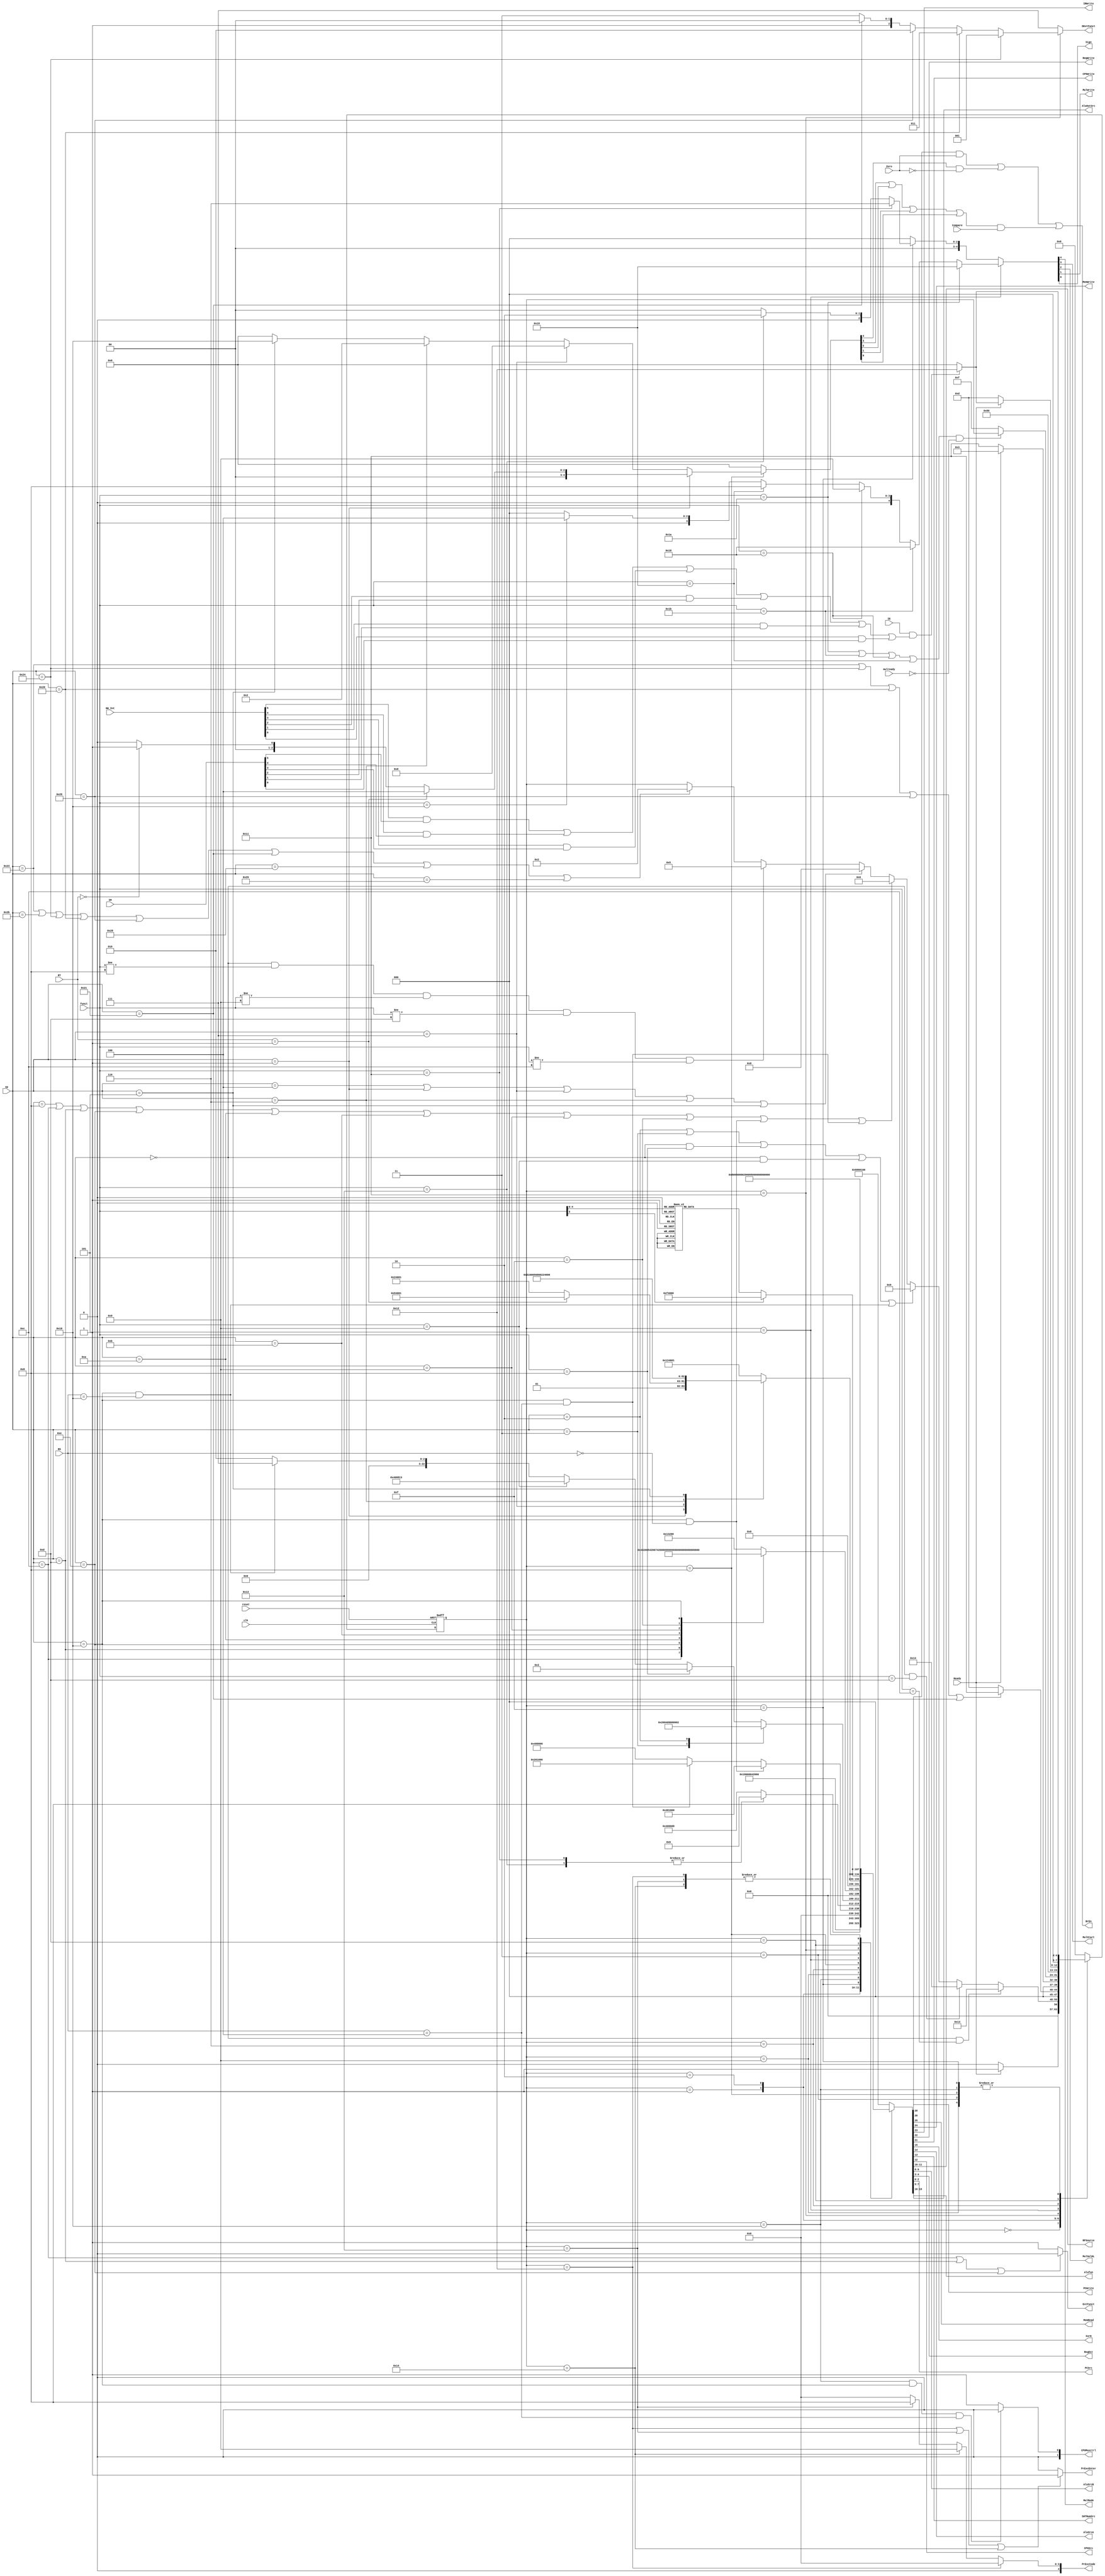

module Mainctrl(input [5:0] op,funct,input [4:0] RT,RS,input clk,reset,Ready,
                output PCWrite,MemRead,MemWrite,IRWrite,RegWrite,ExtFunct,
                //Breakcontrol
                output CP0Write,input IE,input [5:0]IM,HW_Int,output PrExcEnter,output [4:0] PrExcCode,output [1:0] CP0Muxctrl,
                output BrEn,
                output IorD,AluSrcA,SHTNumSrc,CP0Src,output[1:0] RFSource,AluSrcB,RegDst,
                output[2:0] PCSrc,AluOutSrc,
                output [3:0] Alufun,output [2:0] DExtFunct,
                output MulMode,MulStart,MulSelHL,MulWrite,Sign,input mulready,//mulctrl);
                input Zero,Compare);
                
parameter FetchMuxC=16'b0000_0001_000_00_000,DecMuxC=16'b0000_0011_000_00_000,
          FetchMctr=11'b1101_000_0000,DecMctr=11'b0000_000_0000,
          MemAdrMuxc=16'b0100_0010_000_00_000,MemAdrctr=11'b0000_000_0000,
          RTExeMuxc=16'b0100_0000_000_00_000,RTExectrl=11'b0000_000_1111,
          BEQMuxc=16'b0100_0000_000_00_001,BEQctrl=11'b0000_001_0010,//
          JMuxc=16'b0000_0000_000_00_010,Jctrl=11'b1000_000_0000,
          MemWBmc=16'b0000_0100_000_00_000,MemWBc=11'b0000_100_0000,
          Fetch=8'h00,
          Dec=8'h01,
          MemAdr=8'h02,
          
         Exe=8'h05,ADDIE=8'h06,BEQ=8'h08,Jump=8'h09,MemRB=8'h03,
         SaveM=8'h0d,RFinsh=8'h0f,IRFinsh=8'h10,MemRx=8'h11,Interupt=8'h12,SC=8'h13,BP=8'h14;
wire Breq,Brne,Brbgtz,Brbgez,Brblez,Brbltz,Inrupt;                   
reg [7:0] state;  
wire [4:0] Brctl;        
wire [10:0] Mctrl;
wire [15:0] Muxctrl;
wire [4:0] mulctrl;
reg [26:0] ctrl;
assign BrEn=(Breq&Zero)|(Brne&~Zero)|((Brbgtz|Brbgez|Brblez|Brbltz)&Compare);
assign {PCWrite,MemRead,MemWrite,IRWrite,RegWrite,CP0Write,Breq,Alufun}=Mctrl;
assign {IorD,AluSrcA,SHTNumSrc,CP0Src,RFSource,AluSrcB,AluOutSrc,RegDst,PCSrc}=Muxctrl;
assign {MulMode,MulStart,MulSelHL,MulWrite,Sign}=mulctrl;
assign {Brne,Brbgtz,Brbgez,Brblez,Brbltz}=Brctl;
assign {Mctrl,Muxctrl}=ctrl;
assign Inrupt=IE&
((HW_Int[5]&IM[5])|(HW_Int[4]&IM[4])|(HW_Int[3]&IM[3])|(HW_Int[2]&IM[2])|(HW_Int[1]&IM[1])|(HW_Int[0]&IM[0]));
always @(posedge clk or posedge reset)
 if(reset)
   begin
   state<=Fetch;
   end
 else
   case(state)
     Fetch:
     if(Ready)
     state<=Dec;
     else state<=Fetch;
     Dec:
     begin
     if(op==6'b100011||op==6'b101011||op==6'b100100||op==6'b100000||op==6'b100101||op==6'b100001||op==6'b101000||op==6'b101001)
     //lw,sw,lbu,lb,lhu,lh,sb,sh
         state<=MemAdr;
     if(op==6'b000000&&funct!=6'b001000&&funct!=6'b001001&&funct!=6'b001101&&funct!=6'b001100)//arthimetic/mfc0/mtc0lnclude mfhi../
         state<=Exe;
     if(op==6'b000100||op==6'b000001||op==6'b000111||op==6'b000110||op==6'b000101)//beq,bgez/bltz,bgtz,blez,bne
        state<=BEQ;
     if(op==6'b001000||op==6'b001100||op==6'b001101||op==6'b001110||op==6'b001010||op==6'b001011||op==6'b001001
        ||op==6'b001111||(op==6'b010000&&RS==5'b00000)||(op==6'b010000&&RS==5'b00100))
     //addi/andi/ori/xori/slti/sltiu/lui/mxc0
       state<=ADDIE;
     if(op==6'b000010||op==6'b000011||(op==6'b000000&&funct==6'b001000)||(op==6'b000000&&funct==6'b001001)||(op==6'b010000&&RS==5'b10000))//J/jal//jr//jalr/eret
         state<=Jump;
     if(op==6'b000000&&funct==6'b001101)//breakpoint
       state<=BP;
     if(op==6'b000000&&funct==6'b001100)//sc
       state<=SC;
       
     
     end
    MemAdr:
      if(op==6'b100011||op==6'b100100||op==6'b100000||op==6'b100101||op==6'b100001)//lw,lbu,lb,lhu,lh
        state<=MemRx;
      else
      state<=SaveM;
    MemRx:
    if(Ready)
      state<=MemRB;
    else state<=MemRx;
    Exe:
    state<=((funct==6'b011010||funct==6'b011011||funct==6'b011000||funct==6'b011001)&&~mulready)?state:RFinsh;
    ADDIE:
    state<=IRFinsh;
      
  MemRB:
  if(Inrupt)
    state<=Interupt;
  else
  state<=Fetch;
  SaveM:
  if(Ready)
    begin
      if(Inrupt)
        state<=Interupt;
      else
        state<=Fetch;
      end
  else
  state<=SaveM;
  RFinsh:
  if(Inrupt)
    state<=Interupt;
  else
  state<=Fetch;
  IRFinsh:
  if(Inrupt)
    state<=Interupt;
  else
  state<=Fetch;
  BEQ:
  if(Inrupt)
    state<=Interupt;
  else
  state<=Fetch;
  Jump:
  if(Inrupt)
    state<=Interupt;
  else
  state<=Fetch;
  default: state<=Fetch;
  endcase

  always @(*)
  case (state)
    Fetch:
    ctrl<={FetchMctr,FetchMuxC};
    Dec:
    ctrl<={DecMctr,DecMuxC};
    MemAdr:
    ctrl<={MemAdrctr,MemAdrMuxc};
    RFinsh:
    case(funct)
      6'b010000:ctrl<={11'b0000_100_0000,16'b0000_0000_000_01_000};//mfhi
      6'b010010:ctrl<={11'b0000_100_0000,16'b0000_0000_000_01_000};//mfho
      6'b010001:ctrl<={11'b0000_000_0000,16'b0000_0000_000_00_000};//mthi
      6'b010011:ctrl<={11'b0000_000_0000,16'b0000_0000_000_00_000};//mtho
    default:
    ctrl<={11'b0000_100_0000,16'b0000_0000_000_01_000};
    endcase
    IRFinsh:
    if(op==6'b010000&&RS==5'b00000)  ctrl<={11'b0000_100_0000,16'b0001_0000_000_00_000};//mfc0
    else if(op==6'b010000&&RS==5'b00100) ctrl<={11'b0000_010_0000,16'b0001_0000_000_00_000};//mtc0
    else
    ctrl<={11'b0000_100_0000,16'b0000_0000_000_00_000};
    Jump:
    case(op)
      6'b000011: ctrl<={11'b1000_100_0000,16'b0000_1000_000_10_010};//jal
      6'b000010: ctrl<={Jctrl,JMuxc};
      default:
      if(funct==6'b001000)
        ctrl<={11'b1000_000_0000,16'b0000_0000_000_00_011};//jr
      else if(funct==6'b001001)
        ctrl<={11'b1000_100_0000,16'b0000_1000_000_10_011};//jalr
      else if((op==6'b010000&&RS==5'b10000))
        ctrl<={11'b1000_000_0000,16'b0000_0000_000_00_111};//eret
      else
       ctrl<={Jctrl,JMuxc};
    endcase
    ADDIE:
    case(op)
      6'b001100: ctrl<={11'b0000_000_0100,16'b0100_0010_000_00_000};//andi
      6'b001101: ctrl<={11'b0000_000_0101,16'b0100_0010_000_00_000};//ori
      6'b001110: ctrl<={11'b0000_000_0111,16'b0100_0010_000_00_000};//xori
      6'b001010: ctrl<={11'b0000_000_1001,16'b0100_0010_000_00_000};//slti
      6'b001011: ctrl<={11'b0000_000_1000,16'b0100_0010_000_00_000};//sltiu
      6'b001001: ctrl<={11'b0000_000_0000,16'b0100_0010_000_00_000};//addiu
      6'b001111: ctrl<={11'b0000_000_1110,16'b0100_0010_000_00_000};//lui
      6'b010000: if(RS==5'b00000) ctrl<={11'b0000_000_0000,16'b0001_0000_100_00_000};//mfc0
      else ctrl<={11'b0000_000_0000,16'b0001_0000_100_00_000};
      default:
    ctrl<={11'b0000_000_0001,16'b0100_0010_000_00_000};//addi
    endcase
    BEQ:
    case(op)
      6'b000001: ctrl<=(RT==5'b00001)?{11'b0000_000_1101,BEQMuxc}:{11'b0000_000_1010,BEQMuxc};//bgez,bltz
      6'b000111: ctrl<={11'b0000_000_1100,BEQMuxc};
      6'b000110: ctrl<={11'b0000_000_1011,BEQMuxc};
      6'b000101: ctrl<={11'b0000_000_0010,BEQMuxc};
    default:
           ctrl<={BEQctrl,BEQMuxc};
    endcase
    Exe:
    case(funct)
    6'b000000: ctrl<={11'b0000_000_1111,16'b0010_0000_001_00_000};
    6'b000010: ctrl<={11'b0000_000_1111,16'b0010_0000_001_00_000};
    6'b000011: ctrl<={11'b0000_000_1111,16'b0010_0000_001_00_000};//sll//SRL//sra
    6'b000110: ctrl<={11'b0000_000_1111,16'b0000_0000_001_00_000};
    6'b000111: ctrl<={11'b0000_000_1111,16'b0000_0000_001_00_000};
    6'b000100: ctrl<={11'b0000_000_1111,16'b0000_0000_001_00_000};
    6'b010001: ctrl<={11'b0000_000_1111,16'b0000_0000_001_00_000};//mthi
    6'b010011: ctrl<={11'b0000_000_1111,16'b0000_0000_001_00_000};//mtlo
    6'b010010: ctrl<={11'b0000_000_1111,16'b0000_0000_010_00_000};//mflo
    6'b010000: ctrl<={11'b0000_000_1111,16'b0000_0000_010_00_000};//mfhi
    6'b011010: ctrl<={11'b0000_000_1111,16'b0000_0000_000_00_000};//div
    6'b011011: ctrl<={11'b0000_000_1111,16'b0000_0000_000_00_000};//divu
    6'b011000: ctrl<={11'b0000_000_1111,16'b0000_0000_000_00_000};//mult
    6'b011001: ctrl<={11'b0000_000_1111,16'b0000_0000_000_00_000};//multu
    default:
    
    ctrl<={RTExectrl,RTExeMuxc};
    endcase
    MemAdr:
    ctrl<={MemAdrctr,MemAdrMuxc};
    MemRB:
    ctrl<={MemWBc,MemWBmc}; 
    MemRx:
    case(op)     
     /*6'b100100:
     6'b100000:
     6'b100101:
     6'b100001: */
     default
     ctrl<={11'b0100_000_0000,16'b1000_0000_0000_0000};
    endcase
    SaveM:
    ctrl<={11'b0010_000_0000,16'b1000_0000_0000_0000};
    Interupt:
    ctrl<={Jctrl,16'b0000_0000_000_00_100};
    BP:
    ctrl<={Jctrl,16'b0000_0000_000_00_100};
    SC:
    ctrl<={Jctrl,16'b0000_0000_000_00_100};
    default:
    ctrl<={FetchMctr,FetchMuxC};
  
    endcase 
    
    
    assign DExtFunct=(state==MemRx)?((op==6'b100100)?3'b001:
                                (op==6'b100000)?3'b011:
                                (op==6'b100101)?3'b010:
                                (op==6'b100001)?3'b100:3'b111):3'b111;
    assign ExtFunct=(op==6'b001100||op==6'b001101||op==6'b001110)?0:1;
    assign mulctrl=(state==Exe)?((funct==6'b011010)?5'b11001://div
                                 (funct==6'b011011)?5'b11000://divu
                                 (funct==6'b011000)?5'b01001://mult
                                 (funct==6'b011001)?5'b01000://multu
                                 (funct==6'b010000)?5'b00100://mfhi
                                 5'b00000)://hflo(funct==6'b010010)?5'b00000:
                                 (state==RFinsh)?(
                                 (funct==6'b010001)?5'b00110://mthi
                                 (funct==6'b010011)?5'b00010:5'b00000):5'b00000;//mtlo
    //assign  CP0Write=(state==IRFinsh&&op==6'b010000&&RS==5'b00100)?1'b1:1'b0;//probably require modification
    assign  CP0Muxctrl=(state==IRFinsh&&op==6'b010000&&RS==5'b00100)?2'b00:2'b01;//break
    assign  PrExcEnter=(state==Interupt||state==SC||state==BP)?1:0;// 
    assign  PrExcCode=(state==Interupt)?5'b00000:(state==BP)?5'b01001:(state==SC)?5'b01000:5'b00000;
                       
    assign Brctl=(state==BEQ)?((op==6'b000001)?((RT==5'b00001)?5'b00100:(RT==5'b00000)?5'b00001:5'b00000):
                               (op==6'b000111)?5'b01000:
                               (op==6'b000110)?5'b00010:
                               (op==6'b000101)?5'b10000:5'b00000):5'b00000;
                               
endmodule